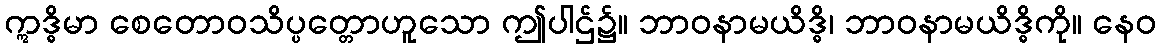
ဣဒ္ဓိမာ စေတောဝသိပ္ပတ္တောဟူသော ဤပါဌ်၌။ ဘာဝနာမယိဒ္ဓိ၊ ဘာဝနာမယိဒ္ဓိကို။ နေဝ